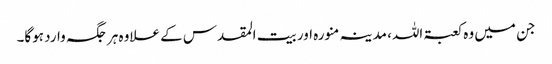
جن میں وہ کعبۃ اللہ، مدینہ منورہ اور بیت المقدس کے علاوہ ہر جگہ وارد ہوگا۔